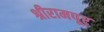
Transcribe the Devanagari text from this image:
श्रीरामपूर्